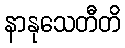
နာနုသေတီတိ